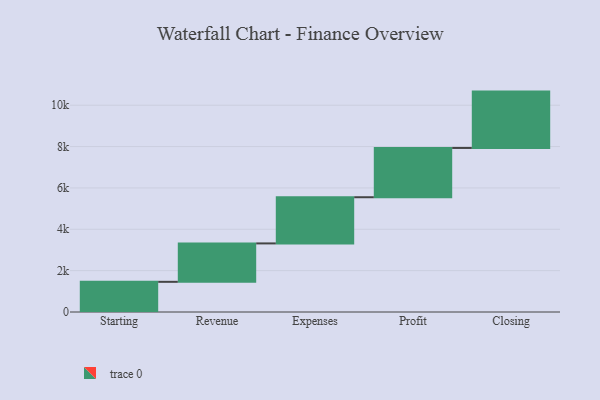
{"axis": {"x": "Step", "y": "Value"}, "legend": [""], "data": [{"x": "Starting", "y": 1459.0, "type": ""}, {"x": "Revenue", "y": 1858.0, "type": ""}, {"x": "Expenses", "y": 2233.0, "type": ""}, {"x": "Profit", "y": 2383.0, "type": ""}, {"x": "Closing", "y": 2725.0, "type": ""}]}